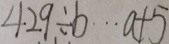
4 2 9 \div b \cdots a + 5